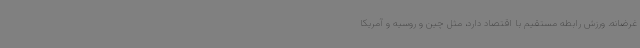
غرضانه. ورزش رابطه مستقیم با اقتصاد دارد، مثل چین و روسیه و آمریکا